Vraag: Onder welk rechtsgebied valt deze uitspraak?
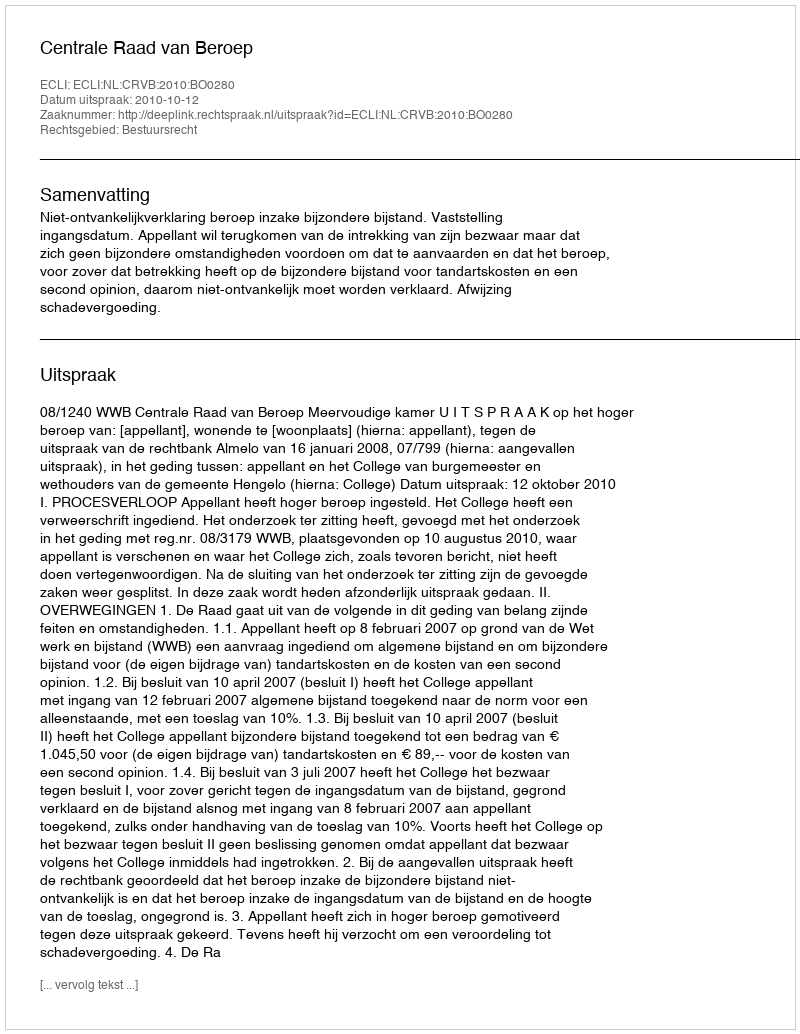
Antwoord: Bestuursrecht